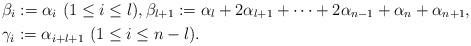
LaTeX: \begin{align*}&\beta_i:=\alpha_i\ (1\leq i\leq l), \beta_{l+1}:=\alpha_l+2\alpha_{l+1}+\cdots +2\alpha_{n-1}+\alpha_n+\alpha_{n+1},\\&\gamma_i:=\alpha_{i+l+1}\ (1\leq i\leq n-l).\end{align*}